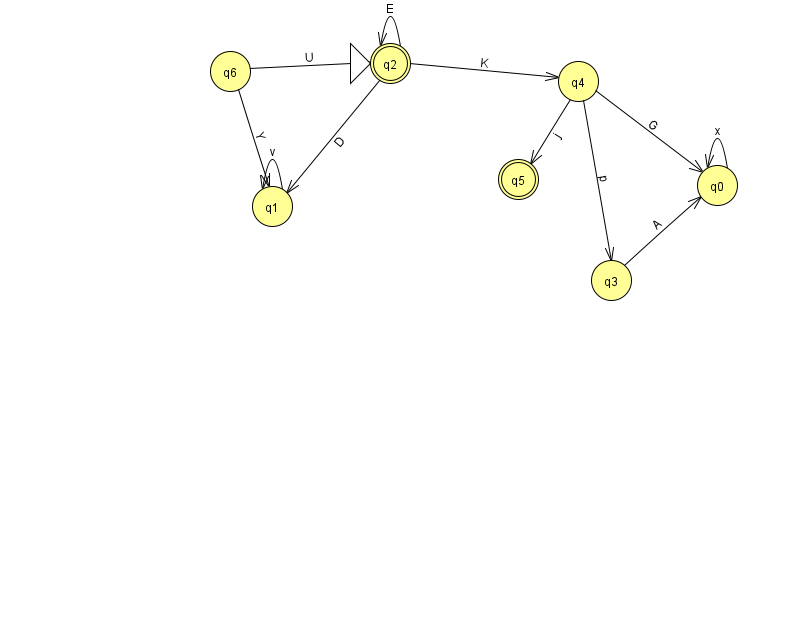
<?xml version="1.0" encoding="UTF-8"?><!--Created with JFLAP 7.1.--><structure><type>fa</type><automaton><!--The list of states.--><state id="0" name="q0"><x>717.0</x><y>172.0</y></state><state id="1" name="q1"><x>272.0</x><y>193.0</y></state><state id="2" name="q2"><x>390.0</x><y>50.0</y><initial/><final/></state><state id="3" name="q3"><x>611.0</x><y>267.0</y></state><state id="4" name="q4"><x>578.0</x><y>68.0</y></state><state id="5" name="q5"><x>518.0</x><y>166.0</y><final/></state><state id="6" name="q6"><x>230.0</x><y>58.0</y></state><!--The list of transitions.--><transition><from>2</from><to>4</to><read>K</read></transition><transition><from>2</from><to>1</to><read>D</read></transition><transition><from>4</from><to>3</to><read>p</read></transition><transition><from>6</from><to>2</to><read>U</read></transition><transition><from>2</from><to>2</to><read>E</read></transition><transition><from>1</from><to>1</to><read>v</read></transition><transition><from>4</from><to>5</to><read>j</read></transition><transition><from>0</from><to>0</to><read>x</read></transition><transition><from>4</from><to>0</to><read>G</read></transition><transition><from>6</from><to>1</to><read>Y</read></transition><transition><from>3</from><to>0</to><read>A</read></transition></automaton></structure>